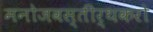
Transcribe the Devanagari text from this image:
मनोजवस्तीर्थकरो